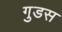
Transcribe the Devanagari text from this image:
गुडस